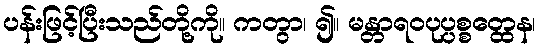
ပန်းဖြင့်ပြီးသည်တို့ကို။ ကတွာ၊ ၍။ မန္တာရဝပုပ္ပစ္စတ္ထေန၊